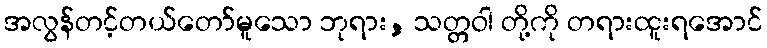
အလွန်တင့်တယ်တော်မူသော ဘုရား, သတ္တဝါ တို့ကို တရားထူးရအောင်